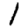
Digit: 1